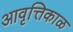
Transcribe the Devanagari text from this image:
आवृत्तिकाळ